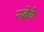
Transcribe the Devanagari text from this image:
सवेये